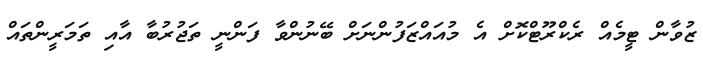
ޒުވާން ޓީމެއް ރެކްރޫޓްކޮށް އެ މުއައްޒަފުންނަށް ބޭނުންވާ ފަންނީ ތަޖުރުބާ އާއި ތަމަރީންތައް